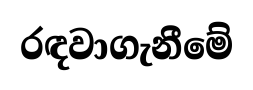
රඳවාගැනීමේ